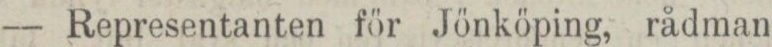
— Representanten för Jönköping, rådman